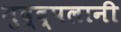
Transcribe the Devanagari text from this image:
मुद्द्पलानी